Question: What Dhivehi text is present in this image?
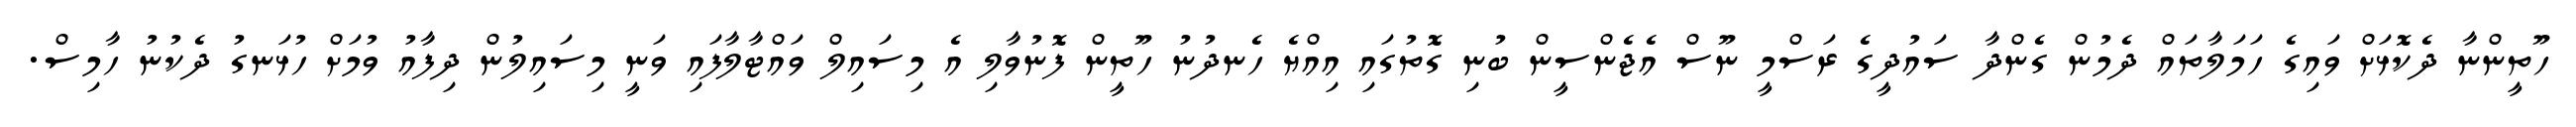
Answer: ހޫތީންނާ ދެކޮޅަށް ވައިގެ ހަމަލާތައް ދެމުން ގެންދާ ސައުދީގެ ރަސްމީ ނޫސް އެޖެންސީން ބުނި ގޮތުގައި އިއްޔެ ހެނދުނު ހޫތީން ފޮނުވާލި އެ މިސައިލް ވައްޓާލާފައި ވަނީ މިސައިލުން ދިފާއު ވުމަށް ހުޅަނގު ދެކުނު ހާމިސް.